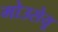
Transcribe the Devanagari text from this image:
मोउसेयू